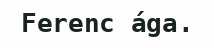
Ferenc ága.